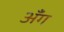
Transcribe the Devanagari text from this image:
अँग